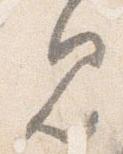
見